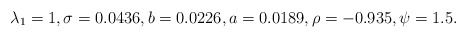
\begin{align*} \lambda_1 = 1, \sigma = 0.0436, b=0.0226, a=0.0189, \rho=-0.935, \psi=1.5.\end{align*}